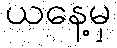
ယနေ့မှ